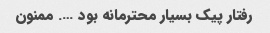
رفتار پیک بسیار محترمانه بود …. ممنون